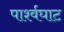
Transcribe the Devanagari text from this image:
पार्श्वघाट